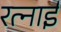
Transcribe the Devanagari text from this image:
रत्नाई